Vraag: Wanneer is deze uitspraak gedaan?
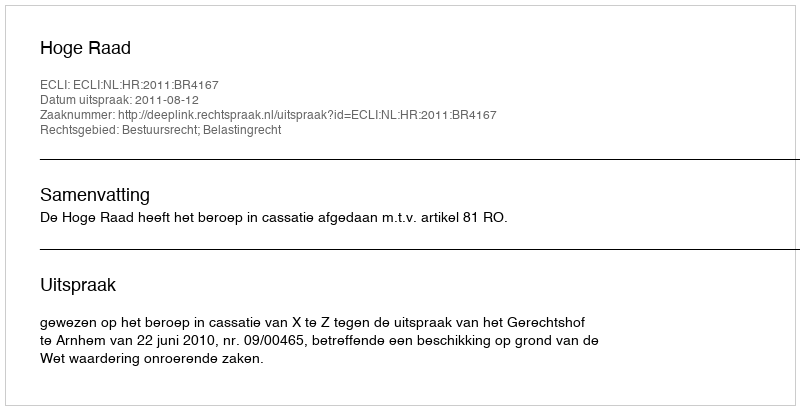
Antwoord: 2011-08-12